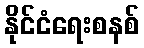
နိုင်ငံရေးစနစ်